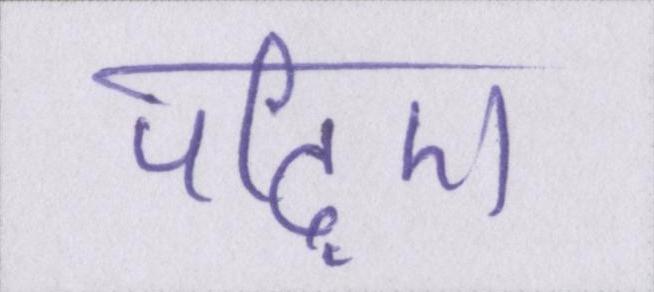
पढ़िए